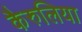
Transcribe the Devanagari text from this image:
कैरुलिया